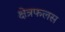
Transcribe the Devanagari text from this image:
क्षेत्रफलस